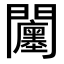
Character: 𨷭